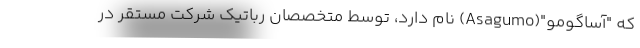
که "آساگومو"(Asagumo) نام دارد، توسط متخصصان رباتیک شرکت مستقر در